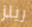
رينز